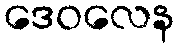
ဒေဝလေန